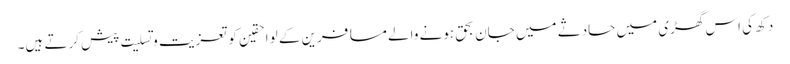
دکھ کی اس گھڑی میں حادثے میں جان بحق ہونے والے مسافرین کے لواحقین کو تعزیت و تسلیت پیش کرتے ہیں۔